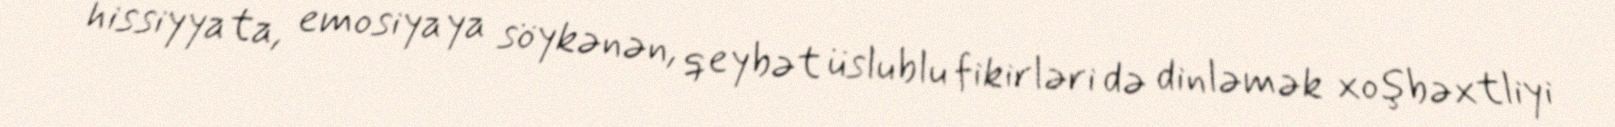
hissiyyata, emosiyaya söykənən, qeybət üslublu fikirləri də dinləmək xoşbəxtliyi